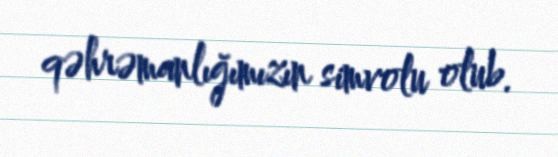
qəhrəmanlığımızın simvolu olub.